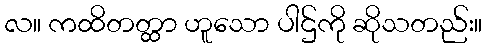
လ။ ကထိတတ္ထာ ဟူသော ပါဌ်ကို ဆိုသတည်း။